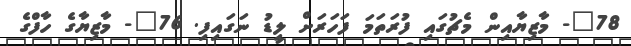
78"- މާޒިޔާއިން މެޗުގައި ފުރަތަމަ ފަހަރަށް ލީޑު ނަގައިފި. 76"- މާޒިޔާގެ ހާފްގެ